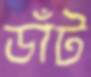
ডাঁট